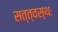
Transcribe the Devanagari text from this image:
सत्त्वस्थः